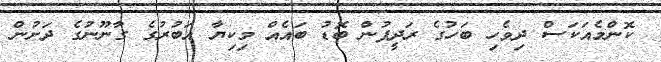
ކޮންމެއަކަސް ދިވެހި ބަހުގެ ރަދީފުން ބޮޑު ބައެއް މިކިޔާ އަބުރުގެ ގާނޫނުގެ ދަށުން